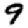
Digit: 9